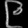
Digit: ၉